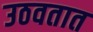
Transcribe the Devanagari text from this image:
उठवतात